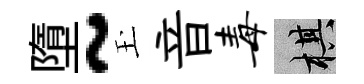
墮~玉音毒棋